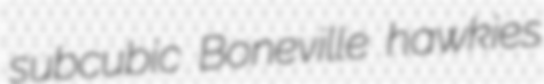
subcubic Boneville hawkies